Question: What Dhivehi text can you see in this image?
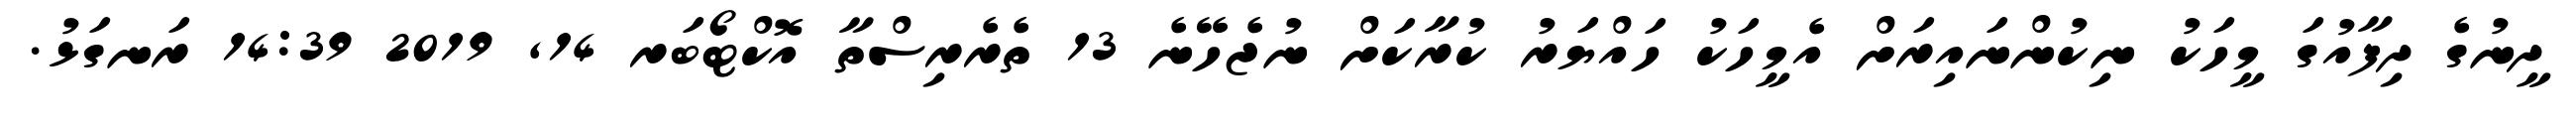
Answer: ދީނުގެ ދިފާއުގަ މީހަކު ނިކުންނައިރަށް އެމީހަކު ހައްޔަރު ކުރާކަށް ނުޖެހޭނެ 13 ތެރެރިސްތާ އޮކްޓޯބަރ 14, 2019 14:39 ރަނގަޅު.